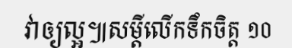
វាឲ្យល្អ៕សម្តីលើកទឹកចិត្ត ១០